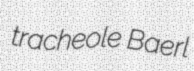
tracheole Baerl